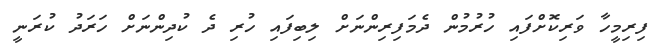
ފިރިމީހާ ވަރިކޮށްފައި ހުރުމުން ދެމަފިރިންނަށް ލިބިފައި ހުރި ދެ ކުދިންނަށް ހަރަދު ކުރަނީ